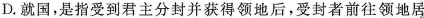
D.就国击造择编到君主分封并得领地后